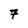
Character: 7